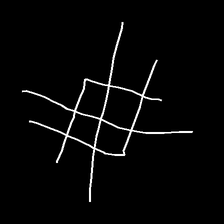
Glyph: crystal